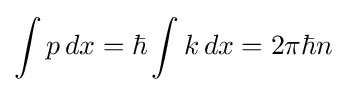
\int p\,dx=\hbar \int k\,dx=2\pi \hbar n